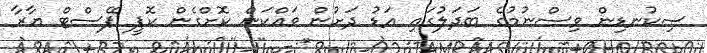
ސިކުނޑިން ވިސްނުމުގެ ބަދަލުގައި އަޑު ދަށުން ވައްކަން ކޮށްގެން ކޮޕީ ޕޭސްޓް ޔާރާ